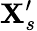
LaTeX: \mathbf{X}_{s}^{\prime}